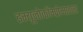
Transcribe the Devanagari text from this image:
इम्यूनोकॉम्प्रोमाइज़्ड